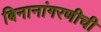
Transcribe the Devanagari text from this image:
बिनानांगरणीची